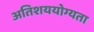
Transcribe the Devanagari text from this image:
अतिशययोग्यता